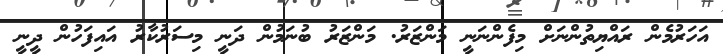
އަހަރުމެން ރައްޔިތުންނަށް މިފެންނަނީ މަންޒަރު. މަންޒަރު ބުނަމުން ދަނީ މިސަރުކާރު އައިފަހުން ދީނީ